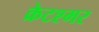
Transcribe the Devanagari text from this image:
क्रेटश्मर